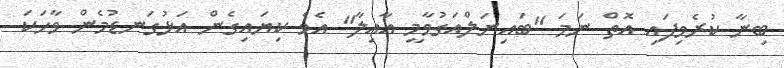
ބިނާ ކުރެވިފައި އޮތް ނަމަ "ބައިނަލްއަގުވާމީ އާއިލާ" އެވެ ކިޔައިގެން އަޅުގަނޑުމެން ވާހަކަ